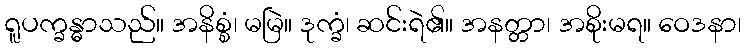
ရူပက္ခန္ဓာသည်။ အနိစ္စံ၊ မမြဲ။ ဒုက္ခံ၊ ဆင်းရဲ၏။ အနတ္တာ၊ အစိုးမရ။ ဝေဒနာ၊